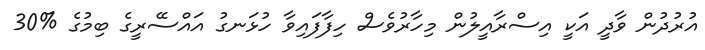
އުރުދުން ވާދީ އަކީ އިސްރާއީލުން މިހާރުވެސް ހިފާފައިވާ ހުޅަނގު އައްސޭރީގެ ބިމުގެ %30